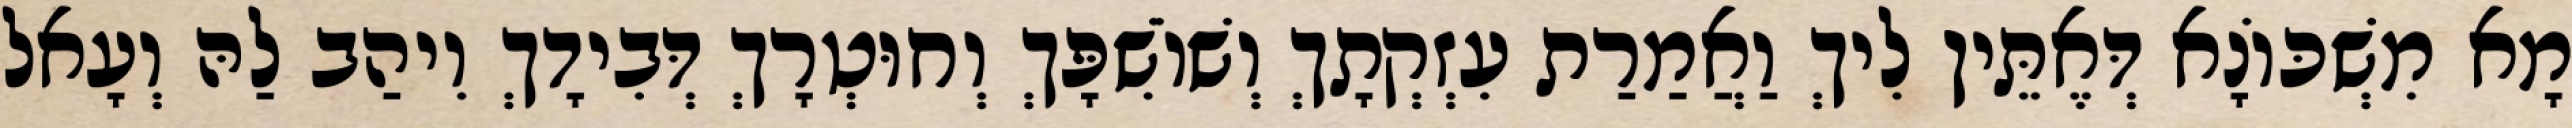
מָא מִשְׁכּוֹנָא דְּאֶתֵּין לִיךְ וַאֲמַרַת עִזְקְתָךְ וְשׁוֹשִׁפָּךְ וְחוּטְרָךְ דְּבִידָךְ וִיהַב לַהּ וְעָאל